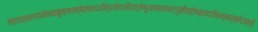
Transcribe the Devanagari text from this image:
तत्राश्वलायनेनचकृष्णपक्षेएकादशीत्रयोदशीदर्शेषुअषाढाफल्गुनीप्रोष्ठपदाभिन्नर्क्षेउक्तं